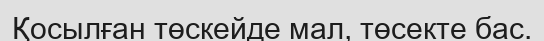
Қосылған төскейде мал, төсекте бас.